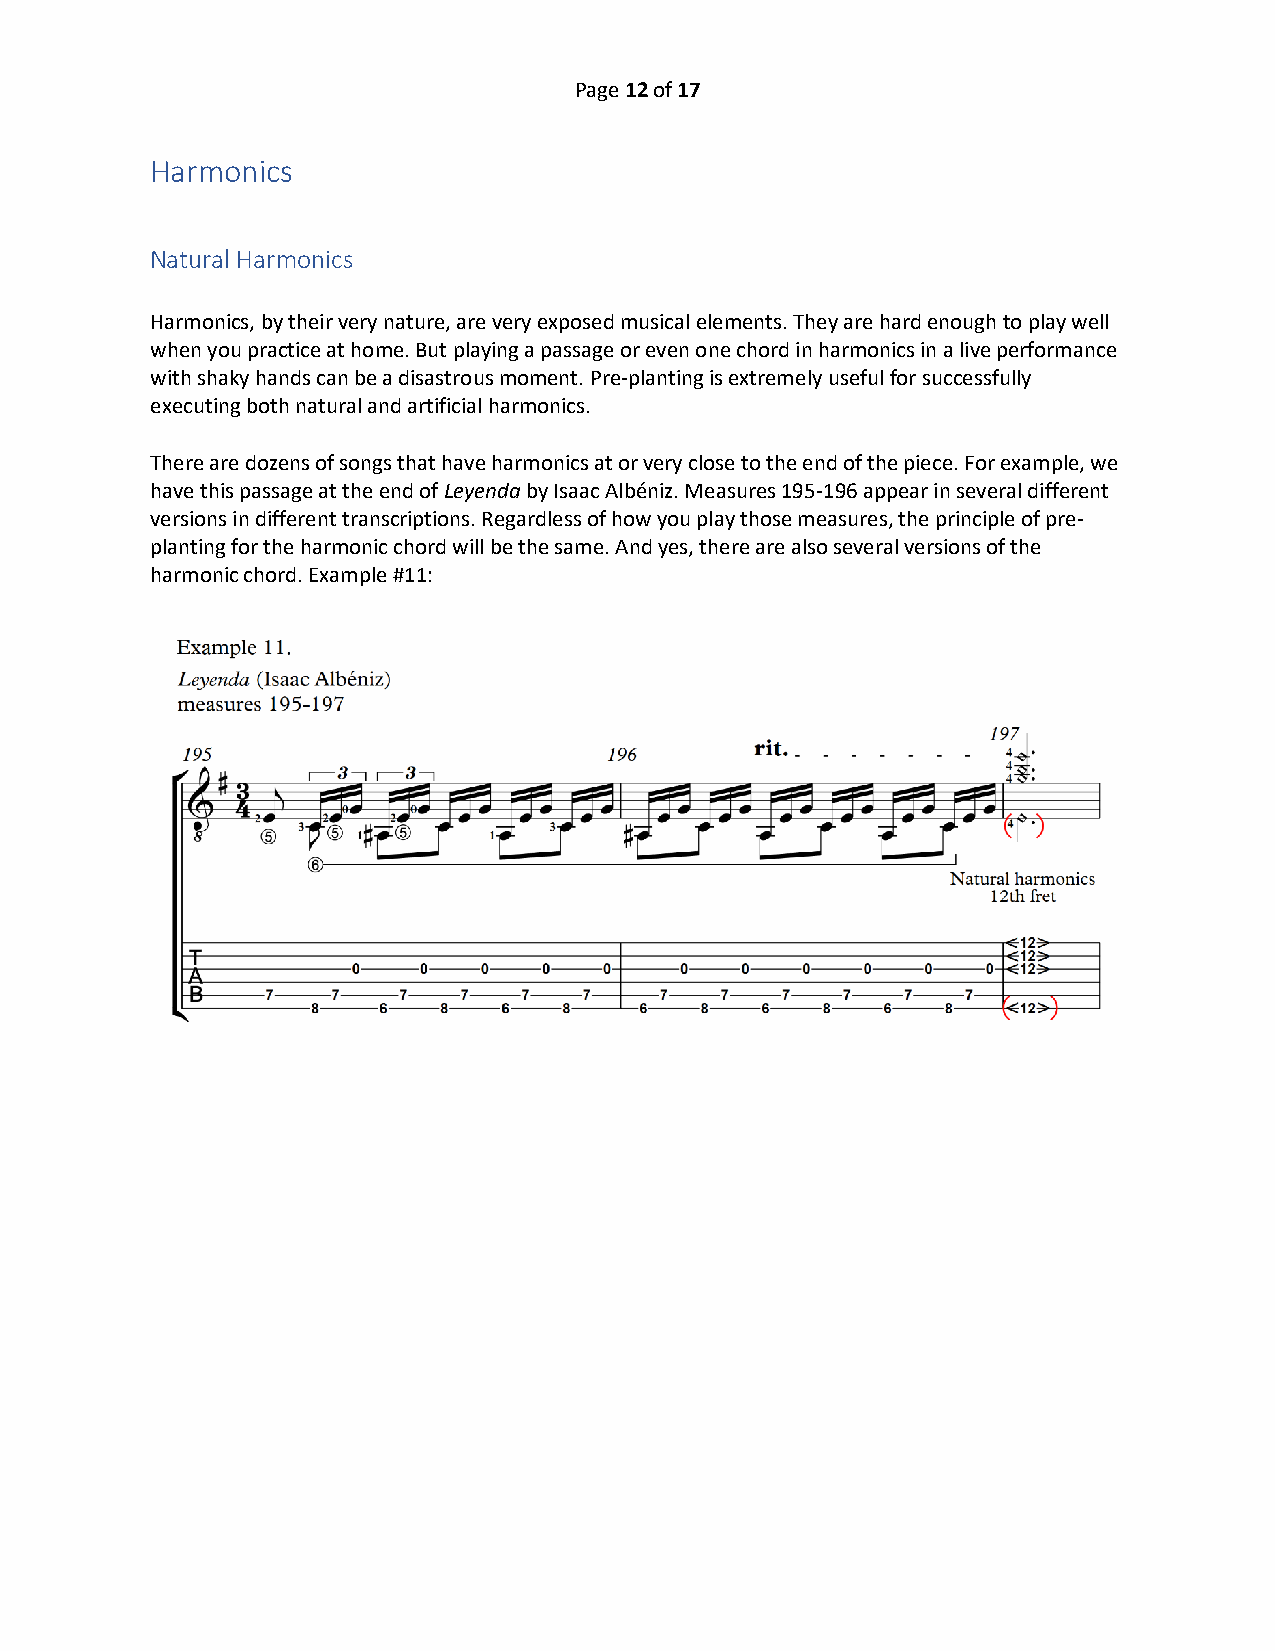
Page 12 of 17
 Harmonics
 Natural Harmonics
 Harmonics, by their very nature, are very exposed musical elements. They are hard enough to play well
 when you practice at home. But playing a passage or even one chord in harmonics in a live performance
 with shaky hands can be a disastrous moment. Pre-planting is extremely useful for successfully
 executing both natural and artificial harmonics.
 There are dozens of songs that have harmonics at or very close to the end of the piece. For example, we
 have this passage at the end of Leyenda by Isaac Albéniz. Measures 195-196 appear in several different
 versions in different transcriptions. Regardless of how you play those measures, the principle of pre-
 planting for the harmonic chord will be the same. And yes, there are also several versions of the
 harmonic chord. Example #11: